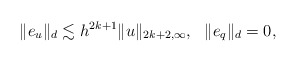
\begin{align*} \|e_u\|_d\lesssim h^{2k+1}\|u\|_{2k+2,\infty},\ \ \|e_q\|_d=0,\end{align*}